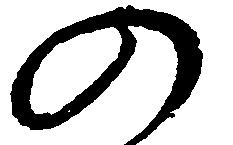
の